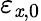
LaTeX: \varepsilon_{\mathit{x},0}